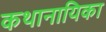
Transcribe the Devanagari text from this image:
कथानायिका